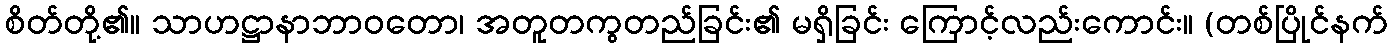
စိတ်တို့၏။ သာဟဋ္ဌာနာဘာဝတော၊ အတူတကွတည်ခြင်း၏ မရှိခြင်း ကြောင့်လည်းကောင်း။ (တစ်ပြိုင်နက်